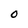
Character: 0